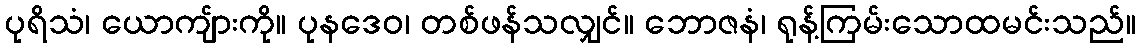
ပုရိသံ၊ ယောကျ်ားကို။ ပုနဒေဝ၊ တစ်ဖန်သလျှင်။ ဘောဇနံ၊ ရုန့်ကြမ်းသောထမင်းသည်။